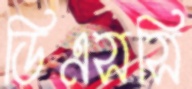
ডিএসসি